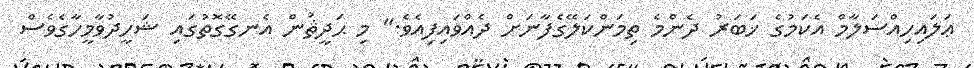
ޢަލައިހިއްސަލާމް އެކަމުގެ ޚަބަރު ދެންމެ ތިމަންކަލޭގެފާނަށް ދެއްވައިފިއެވެ." މި ޙަދީޘުން އެނގޭގޮތުގައި ޝަހީދުވާމީހާގެވެސް